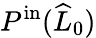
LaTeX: P^{\mathrm{in}}(\widehat{L}_{0})